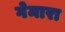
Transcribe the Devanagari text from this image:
गेमारा